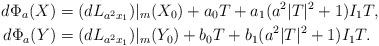
LaTeX: \begin{align*}d\Phi_a(X) &= (dL_{a^2{x_1}})|_m(X_0) + a_0T + a_1(a^2|T|^2 + 1)I_1T,\\d\Phi_a(Y) &= (dL_{a^2{x_1}})|_m(Y_0) + b_0T + b_1(a^2|T|^2 + 1)I_1T.\end{align*}